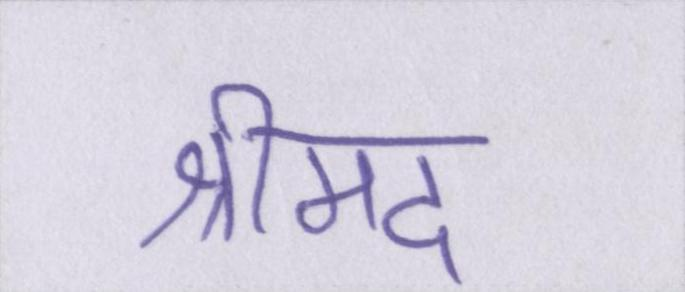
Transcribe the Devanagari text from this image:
श्रीमद